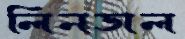
লিনডাল